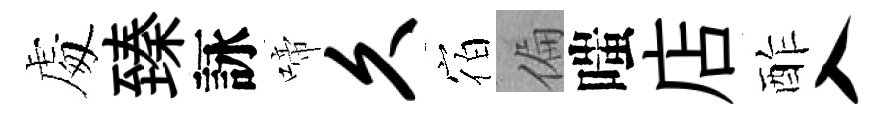
䖏臻詠啼久宿偏嗤店酢入